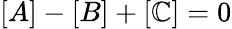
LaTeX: [A]-[B]+[\mathbb{C}]=0